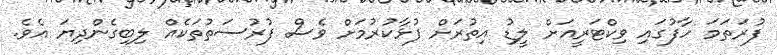
ފުރަތަމަ ހާފުގައި ވިކްޓަރީއަށް ލީޑު އިތުރަށް ފުޅާކުރުމަށް ވެސް ފުރުސަތުތަކެއް ލިބިގެންދިޔަ އެވެ.